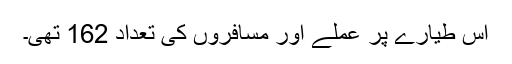
اس طیارے پر عملے اور مسافروں کی تعداد 162 تھی۔